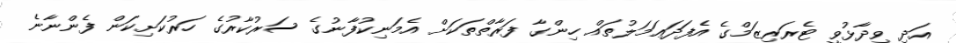
އަދި ވިދާޅުވީ ޓެރަރިޒަމްގެ އެފަދަޢަމަލުތައް ހިންގާ ފަރާތްތަކަށް އެމަނިކުފާނުގެ ސަރުކާރުގެ ހަރުކަށިކަން ފެންނާނެ